Leaving Certificate, 1896
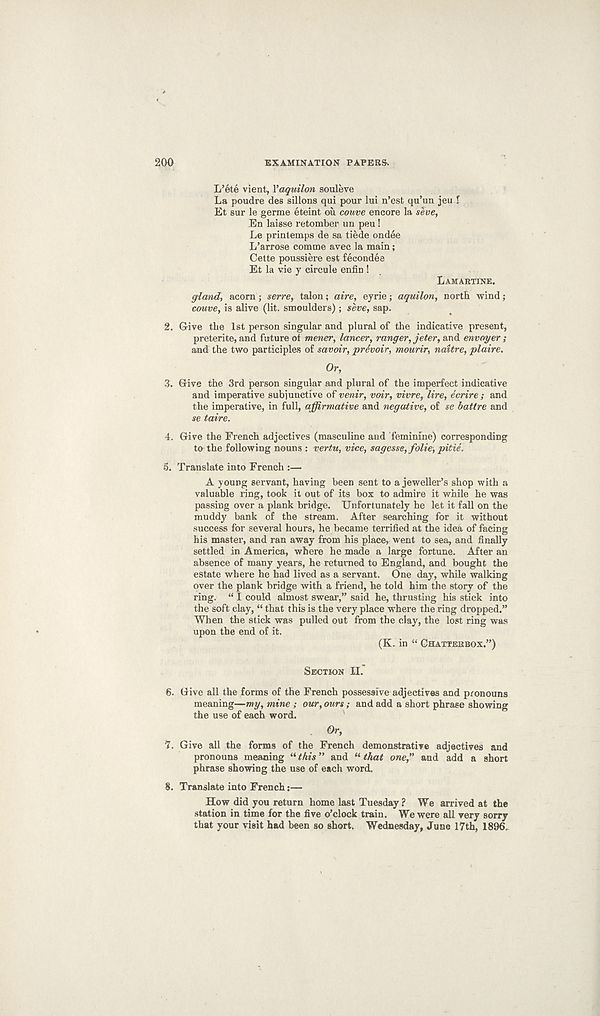
200
EXAMINATION PAPERS-.
L’ete vient, Yaquilon souleve
La poudre des sillons qui pour lui n’est qu’un jeu l
Et sur le germe eteint ou couve encore la seve,
En laisse retomber un peu!
Le printemps de sa tiede ondee
L’arrose comme avec la main;
Cette poussiere est fecondee
Et la vie y circule enfin !
LAMARTINE.
gland, acorn ; serve, talon; aire, eyrie; aquilon, north wind;
couve, is alive (lit. smoulders) ; seve, sap.
2. G-ive the 1st person singular and plural of the indicative present,
preterite, and future of mener, lancer, ranger, jeter, and envoyer ;
and the two participles of savoir, prevoir, mourir, naitre, plaire.
Or,
3. Give the 3rd person singular and plural of the imperfect indicative
and imperative subjunctive of venir, voir, vivre, lire, derive ; and
the imperative, in full, affirmative and negative, of se battre and
se taire.
4. Give the French adjectives (masculine and feminine) corresponding
to the following nouns : vertu, vice, sagesse, folie, pitie.
5. Translate into French :—
A young servant, having been sent to a jeweller’s shop with a
valuable ring, took it out of its box to admire it while he was
passing over a plank bridge. Unfortunately he let it fall on the
muddy bank of the stream. After searching for it without
success for several hours, he became terrified at the idea of facing
his master, and ran away from his place, went to sea, and finally
settled in America, where he made a large fortune. After an
absence of many years, he returned to England, and bought the
estate where he had lived as a servant. One day, while walking
over the plank bridge with a friend, he told him the story of the
ring. “ I could almost swear,” said he, thrusting his stick into
the soft clay, “ that this is the very place where the ring dropped.”
When the stick was pulled out from the clay, the lost ring was
upon the end of it.
(K. in “ CHATTERBOX.”)
SECTION II.
6. Give all the forms of the French possessive adjectives and pronouns
meaning—my, mine ; our, ours ; and add a short phrase showing
the use of each word.
Or,
7. Give all the forms of the French demonstrative adjectives and
pronouns meaning “ this ” and “ that one," and add a short
phrase showing the use of each word.
8. Translate into French:—
How did you return home last Tuesday ? We arrived at the
station in time for the five o’clock train. We were all very sorry
that your visit had been so short. Wednesday, June 17th, 1896..